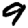
Digit: 9